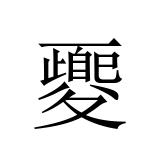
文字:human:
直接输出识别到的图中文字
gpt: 夒